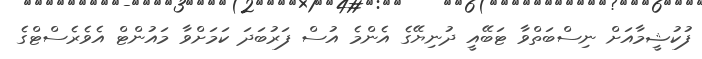
ފުކުޝީމާއަށް ނިސްބަތްވާ ޓަބޭއީ ދުނިޔޭގެ އެންމެ އުސް ފަރުބަދަ ކަމަށްވާ މައުންޓް އެވެރެސްޓްގެ